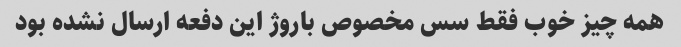
همه چیز خوب فقط سس مخصوص باروژ این دفعه ارسال نشده بود